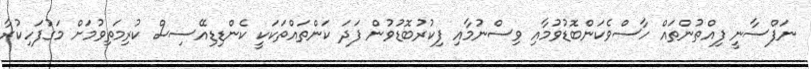
ނަފްސާނީ ފިއްތުންތައް ހާސްވެކަންބޮޑުވުމާއި ވިސްނުމާއި ފިކުރުބޮޑުވުން ފަދަ ކަންތައްތަކަކީ ކެންޑިޑިއޭސިސް ކުރިމަތިވުމަށް މަގުފަހިކުރާ